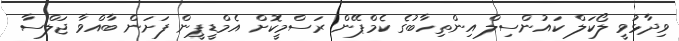
ވިދާޅުވީ ލޯކަލް ކައުންސިލް އިންތިހާބުގެ ކެމްޕޭން ރަސްމީކޮށް އެމްޑީޕީން ފަށަން ބާއްވާ ޖަލްސާ